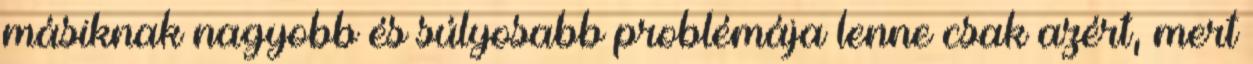
másiknak nagyobb és súlyosabb problémája lenne csak azért, mert